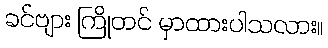
ခင်ဗျား ကြိုတင် မှာထားပါသလား။